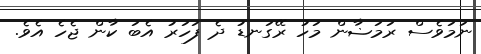
ނަމަވެސް ރަމަޟާން މަހު ރޭގަނޑު ދެ ފަހަރު އެބަ ކާން ޖެހެ އެވެ.